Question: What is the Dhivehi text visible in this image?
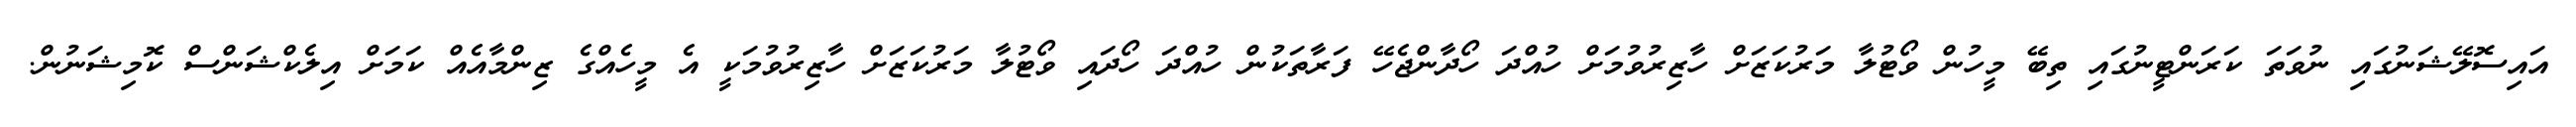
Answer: އައިސޮލޭޝަނުގައި ނުވަތަ ކަރަންޓީނުގައި ތިބޭ މީހުން ވޯޓުލާ މަރުކަޒަށް ހާޒިރުވުމަށް ހުއްދަ ހޯދާންޖެހޭ ފަރާތަކުން ހުއްދަ ހޯދައި ވޯޓުލާ މަރުކަޒަށް ހާޒިރުވުމަކީ އެ މީހެއްގެ ޒިންމާއެއް ކަމަށް އިލެކްޝަންސް ކޮމިޝަނުން.